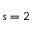
s = 2